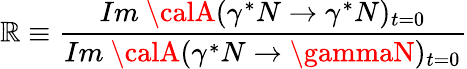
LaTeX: \mathbb{R}\equiv\frac{{Im~{\calA}(\gamma^{*}N\rightarrow\gamma^{*}N)_{t=0}}}{{Im~{\calA}(\gamma^{*}N\rightarrow\gammaN)_{t=0}}}